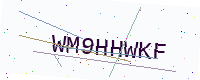
Text: WM9HHWKF